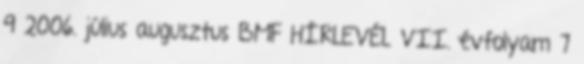
9 2006. július augusztus BMF HÍRLEVÉL VII. évfolyam 7